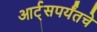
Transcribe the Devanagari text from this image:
आर्ट्‌सपर्यंतचे